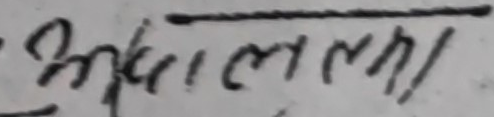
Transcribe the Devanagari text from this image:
उपतिल्लला।